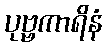
ပုဗ္ဗကာရိနံ